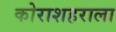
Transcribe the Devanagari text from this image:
कोराशहराला